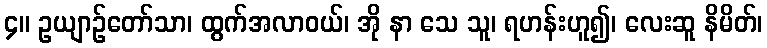
၄။ ဥယျာဉ်တော်သာ၊ ထွက်အလာဝယ်၊ အို နာ သေ သူ၊ ရဟန်းဟူ၍၊ လေးဆူ နိမိတ်၊